Lunatic asylums Central Provinces reports 1895-1909 - 1895-1909
Year: 1895
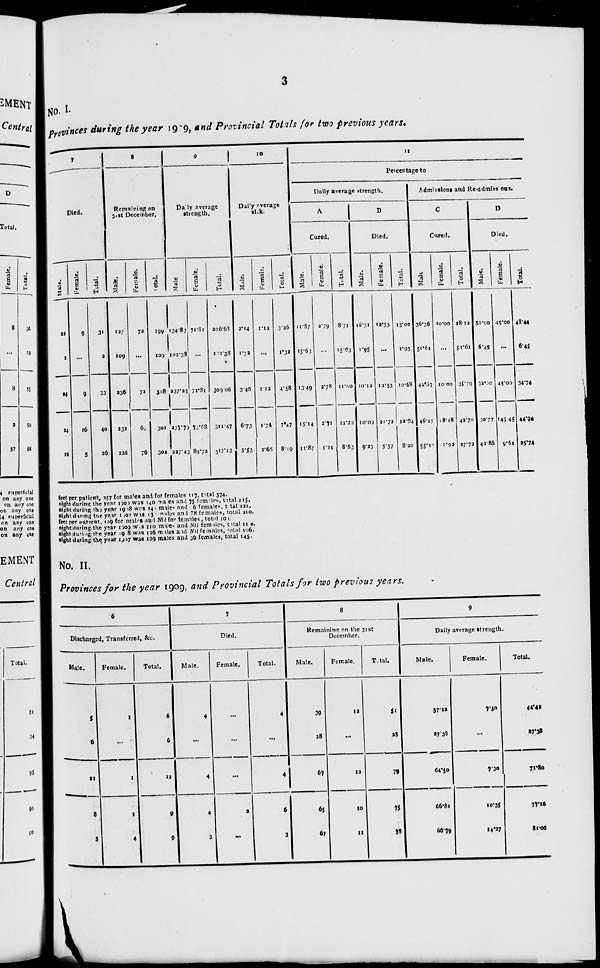
3
No. I.
provinces during the year 1909, and Provincial Totals for two previous years.
7
Died.
Male.
22
2
24
24
21
Female.
9
...
9
16
5
Total.
31
2
33
40
26
8
Remaining on
31st December.
Mate.
127
109
236
232
226
Female.
72
...
72
69
76
Total.
199
109
308
301
302
9
Daily average
strength.
Male
134.87
102.38
237.25
237.70
227.43
Female.
71.81
...
71.81
78.68
89.72
Total.
206.68
102.38
309.06
311.47
317.15
10
Daily average
sick.
Male.
2.14
1.32
3.46
6.73
5.53
Female.
1.12
...
1.12
1.74
2.65
Total.
3.26
1.32
4.58
7.47
8.19
11
Percentage to
Daily average strength.
A
Cured.
Male.
11.87
15.63
13.49
15.14
11.87
Female.
2.79
...
2.78
2.71
1.11
Total.
8.71
15.63
11.00
12.20
8.88
B
Died.
Male.
16.31
1.95
10.12
10.00
9.23
Female.
12.53
...
12.53
21.72
5.57
Total.
15.00
1.95
10.68
12.84
8.20
Admissions and Re-admissions.
C
Cured.
Male.
36.36
51.61
42.57
46.15
55.10
Female.
10.00
...
10.00
18.18
1.92
Total.
28.12
51.61
35.79
42.70
27.72
D
Died.
Male.
50.00
6.45
32.00
30.77
42.86
Female.
45.00
...
45.00
145.45
9.52
Total.
48.44
6.45
34.74
44.94
25.74
feet per patient, 257 for males and for females 117, total 374.
night during the year 1909 was 140 males and 75 females, total 215.
night during the year 1908 was 148 males and 6 females, total 221.
night during the year 1907 was 132 males and 78 females, total 210.
feet per patient, 109 for males and Nil for females, total 100.
night during, the year 1909 was 110 males and Nil females, total 110.
night during the year 1908 was 106 males and Nil females, total 106.
night during the, year 1907 was 109 males and 36 females, total 145.
No. II.
Provinces for the year 1909, and Provincial Totals for two previous years.
6
Discharged, Transferred, &c.
Male.
5
6
11
8
5
Female.
1
...
1
1
4
Total.
6
6
12
9
9
7
Died.
Male.
4
...
4
4
3
Female.
...
...
...
2
...
Total.
4
...
4
6
3
8
Remaining on the 31st
December.
Male.
39
28
67
65
67
Female.
12
...
12
10
11
Total.
51
28
79
75
78
9
Daily average strength.
Male.
37.12
27.38
64.50
66.81
66.79
Female.
7.30
...
7.30
10.35
14.27
Total.
44.42
27.38
71.80
77.16
81.06